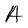
Character: A